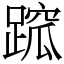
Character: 䠚